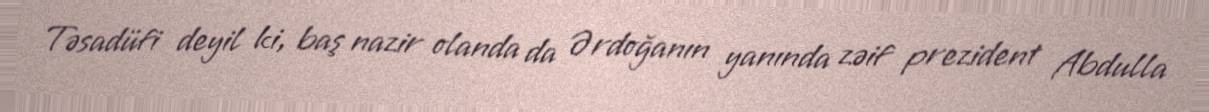
Təsadüfi deyil ki, baş nazir olanda da Ərdoğanın yanında zəif prezident Abdulla